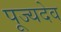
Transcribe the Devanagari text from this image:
पूज्यदेव